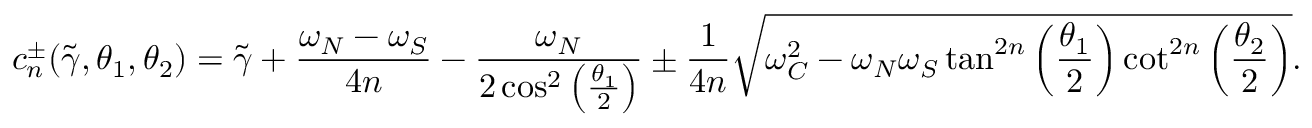
c _ { n } ^ { \pm } ( \widetilde { \gamma } , \theta _ { 1 } , \theta _ { 2 } ) = \widetilde { \gamma } + \frac { \omega _ { N } - \omega _ { S } } { 4 n } - \frac { \omega _ { N } } { 2 \cos ^ { 2 } \left( \frac { \theta _ { 1 } } { 2 } \right) } \pm \frac { 1 } { 4 n } \sqrt { \omega _ { C } ^ { 2 } - \omega _ { N } \omega _ { S } \tan ^ { 2 n } \left( \frac { \theta _ { 1 } } { 2 } \right) \cot ^ { 2 n } \left( \frac { \theta _ { 2 } } { 2 } \right) } .